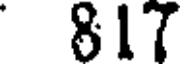
817